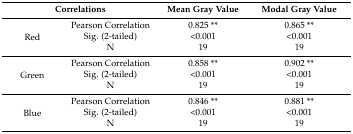
| <COLSPAN=2> Correlations | Mean Gray Value | Modal Gray Value |
 | --- | --- | --- | --- |
 | <ROWSPAN=3> Red | Pearson Correlation | 0.825 ** | 0.865 ** |
 | Sig. (2-tailed) | <0.001 | <0.001 |
 | N | 19 | 19 |
 | <ROWSPAN=3> Green | Pearson Correlation | 0.858 ** | 0.902 ** |
 | Sig. (2-tailed) | <0.001 | <0.001 |
 | N | 19 | 19 |
 | <ROWSPAN=3> Blue | Pearson Correlation | 0.846 ** | 0.881 ** |
 | Sig. (2-tailed) | <0.001 | <0.001 |
 | N | 19 | 19 |